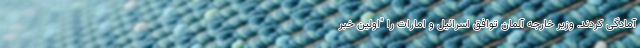
آمادگی کردند. وزیر خارجه آلمان توافق اسرائیل و امارات را "اولین خبر